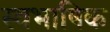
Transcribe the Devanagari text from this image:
स्वभाषिक